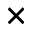
\times